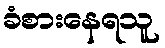
ခံစားနေရသူ